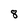
Character: 8